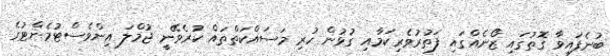
ބުނެފައިވާ ގޮތުގައި ޒޯނެއްގައި ފަތުރުވެރިކަމާއި ގުޅުން ހުރި މަސައްކަތްތައް ކުރެވޭނީ ޖުމްލަ އިންވެސްޓުމެންޓުގެ